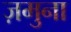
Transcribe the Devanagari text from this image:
ज़मुना